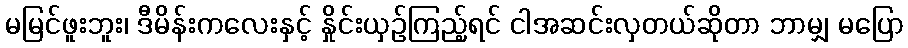
မမြင်ဖူးဘူး၊ ဒီမိန်းကလေးနှင့် နှိုင်းယှဉ်ကြည့်ရင် ငါအဆင်းလှတယ်ဆိုတာ ဘာမျှ မပြော